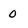
Character: o